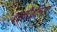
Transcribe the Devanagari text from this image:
टर्नटैब्लिस्ट